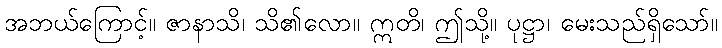
အဘယ်ကြောင့်။ ဇာနာသိ၊ သိ၏လော။ ဣတိ၊ ဤသို့။ ပုဋ္ဌာ၊ မေးသည်ရှိသော်။